Document type: Sale
Year: 1499
Scribe: Joan Martínez de Sòria
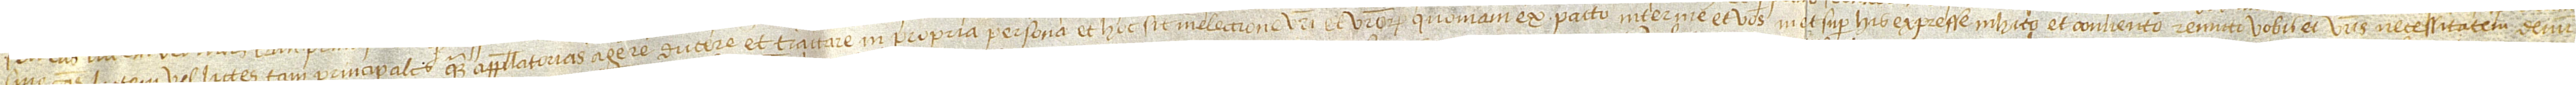
sive causas, littem vel littes, tam principales quam appellatorias, agere, ducere et tractare in propria persona, et hoc sit in electione vestri et vestrorum. Quoniam ex pacto inter me et vos in et super his expresse inhito et convento remitto vobis et vestris necessitatem denun-